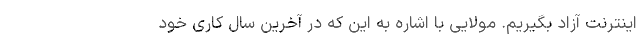
اینترنت آزاد بگیریم. مولایی با اشاره به این که در آخرین سال کاری خود